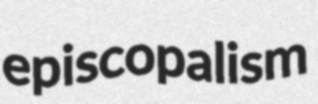
episcopalism